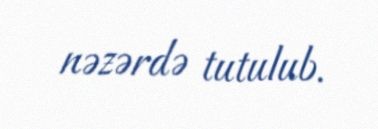
nəzərdə tutulub.